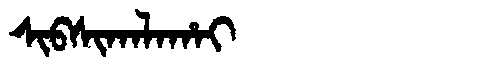
Manchu: ᠰᡳᠪᠰᡳᡴᠠᠯᠠᡥᠠᡳ
Romanization: SIBSIKALAHAI